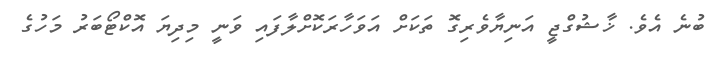
ބުނެ އެވެ. ޚާޝުގްޖީ އަނިޔާވެރިގޮ ތަކަށް އަވަހާރަކޮށްލާފައި ވަނީ މިދިޔަ އޮކްޓޯބަރު މަހުގެ